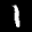
Label: 1